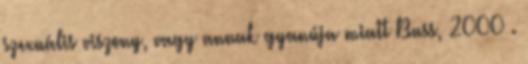
szexuális viszony, vagy annak gyanúja miatt Buss, 2000 .